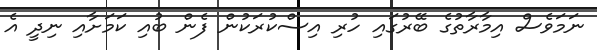
ނަމަވެސް އިމާރާތުގެ ބޭރުގައި ހުރި އިސްކުރަކުން ފެން ބުއި ކަމަށާއި ނިދީ އެ